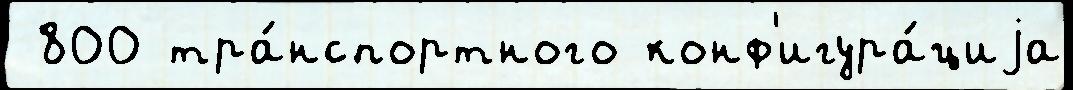
 800 тра́нспортного конф'игура́циjа